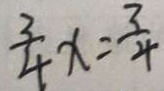
\frac { 3 } { 4 } x = \frac { 3 } { 4 }